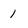
Character: 1